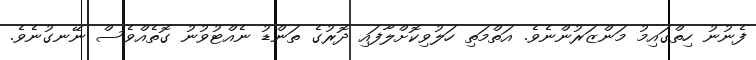
ފެނުނު ހިތްގައިމު މަންޒަރުންނެވެ. އަތްމަތި ހަލުވިކޮށްލާފައި ދޮރުގެ ތަންޑު ނެއްޓުވުނު ގޮތެއްވެސް ނޭނގުނެވެ.